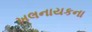
ખલનાયકના